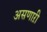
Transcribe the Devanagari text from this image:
असणाऱी